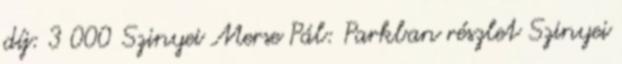
díj: 3 000 Szinyei Merse Pál: Parkban részlet Szinyei